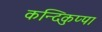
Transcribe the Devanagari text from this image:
कन्दिकुप्पा